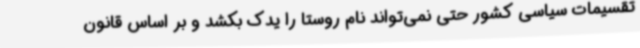
تقسیمات سیاسی کشور حتی نمی‌تواند نام روستا را یدک بکشد و بر اساس قانون